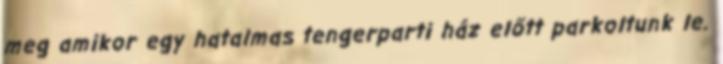
meg amikor egy hatalmas tengerparti ház előtt parkoltunk le.